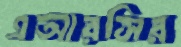
এআরসির